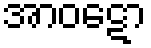
အာဝဋော